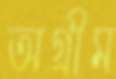
অগ্রীম